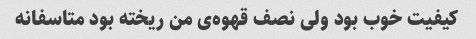
کیفیت خوب بود ولی نصف قهوه‌ی من ریخته بود متاسفانه